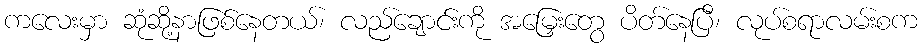
ကလေးမှာ ဆုံဆို့နာဖြစ်နေတယ်၊ လည်ချောင်းကို အမြှေးတွေ ပိတ်နေပြီ၊ လုပ်စရာလမ်းစက